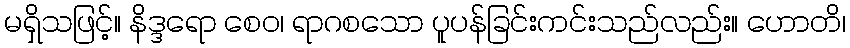
မရှိသဖြင့်။ နိဒ္ဒရော စေဝ၊ ရာဂစသော ပူပန်ခြင်းကင်းသည်လည်း။ ဟောတိ၊